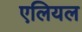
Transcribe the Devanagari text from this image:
एलियल